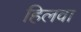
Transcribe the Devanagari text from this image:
हिलवा